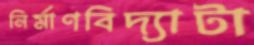
নির্মাণবিদ্যাটা